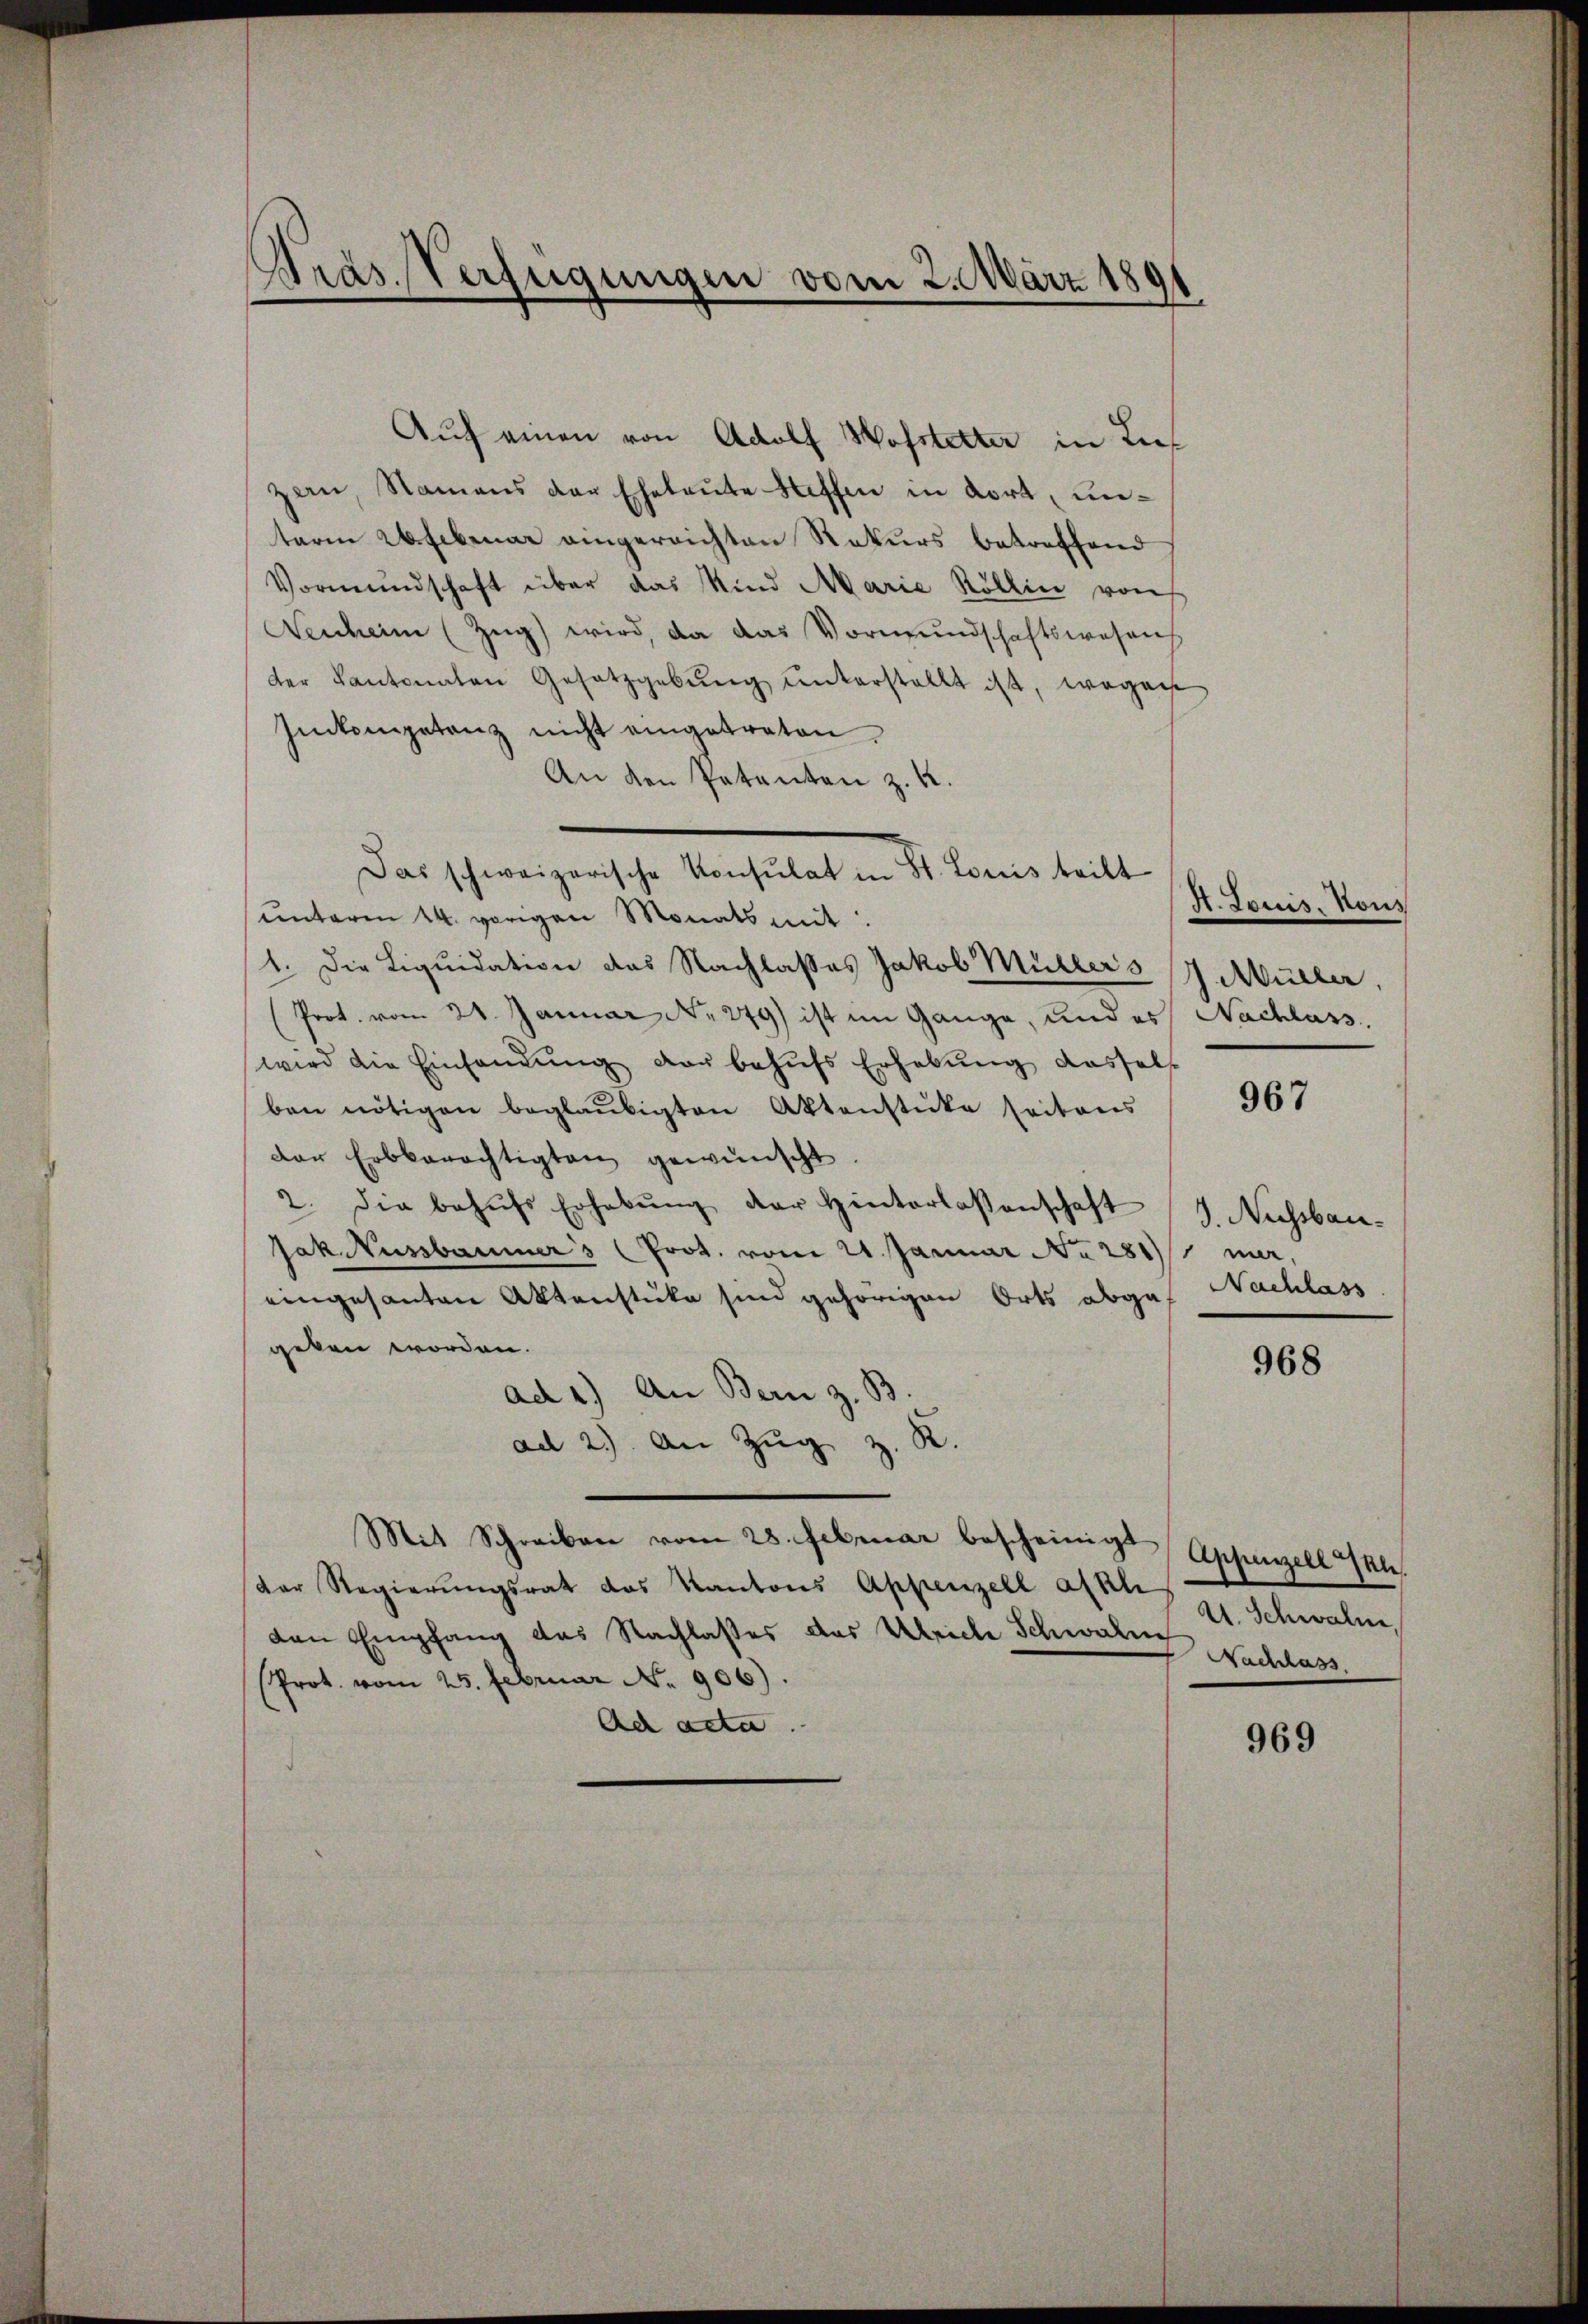
Präs. Verfügungen vom 2. März 189

Auch einen von Adolf Hofstetter in Lief
zern, Namens der Eheleute Hoffen in dort, unterm 26. Febenar eingereichten Rekurs betreffend
Vormŭndschaft über das Mind Marie Röllin von
Neuheim (Zŭg) wird, da das Vormŭndschaftswesenh
der Kantonalen Gesetzgebŭng ŭnterstellt ist, wegen
Juckompetenz nicht eingetraten
An den Petenten z. K.
das Grenzensche Verhaltet in d. Berner teilte
ŭnterm 14. vorigen Monats mit
1. Die Liquidation des Nachlasses Jakob Müllers J. Müller,
Prot. vom 21. Januar No 279) ist im Gange, und es Nachlass
wird die Einsamung der behŭfs Erhebŭng dassels
ben nötigen beglaŭbigten Aktenstücke seitens
der Erbberechtigten gewünscht.
2. Die behŭfs Erhebŭng der Hinterlassenschaft 4. Nachsbau-
Jak Nussbaumer's (Prot. vom 21. Januar No 281 mer,
eingesanten Aktenstücke sind gehörigen Orts abges. Nachlass
geken worden.
ad 2.) An Bern z. B.
ad 2.) An Zŭg z. R.
Mit Schreiben vom 28. Februar bescheinigt
der Regierŭngsrat das Kantons Appenzell afkh
den Empfang das Nachlaßes das Ulriche Schwalm 4. Schwalm,
Prot. vom 25. Februar No. 906).
Ach acta.

H. Louis, Hous

967

968

Appenzell Zau
Nachlass

969